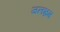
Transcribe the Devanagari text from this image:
जलभ्रम